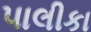
પાલીકા